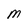
Character: M